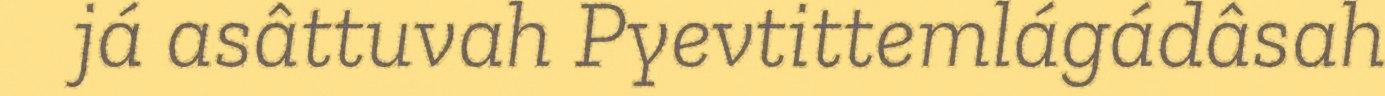
já asâttuvah Pyevtittemlágádâsah